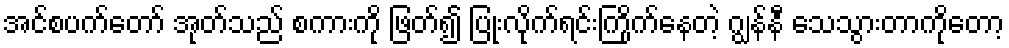
အင်စပက်တော် အုတ်သည် စကားကို ဖြတ်၍ ပြုံးလိုက်ရင်းကြိုက်နေတဲ့ ဂျွန်နီ သေသွားတာကိုတော့